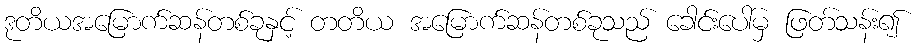
ဒုတိယအမြောက်ဆန်တစ်ခုနှင့် တတိယ အမြောက်ဆန်တစ်ခုသည် ခေါင်းပေါ်မှ ဖြတ်သန်း၍